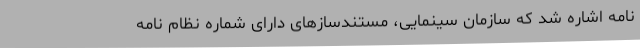
نامه اشاره شد که سازمان سینمایی، مستندسازهای دارای شماره نظام نامه